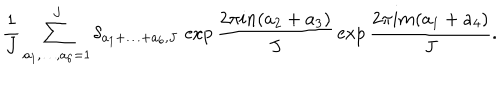
\frac { 1 } { J } \sum _ { a _ { 1 } , \ldots , a _ { 6 } = 1 } ^ { J } \delta _ { a _ { 1 } + \ldots + a _ { 6 } , J } \, \exp \frac { 2 \pi i n ( a _ { 2 } + a _ { 3 } ) } { J } \, \exp \frac { 2 \pi i m ( a _ { 1 } + a _ { 4 } ) } { J } .